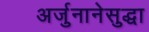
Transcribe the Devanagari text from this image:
अर्जुनानेसुद्धा